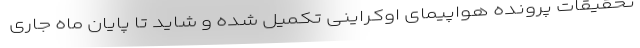
تحقیقات پرونده هواپیمای اوکراینی تکمیل شده و شاید تا پایان ماه جاری